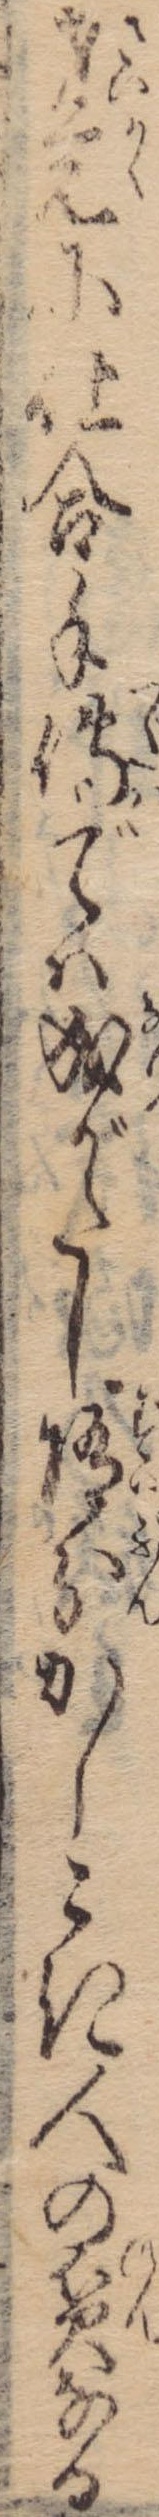
才覚に仕合手伝では成がたし随分かしこき人の貧なる